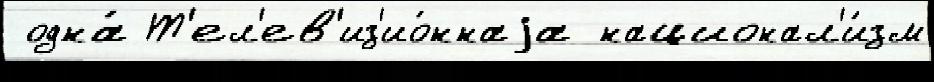
 одна́ Т'ел'ев'из'ио́ннаjа национал'и́зм